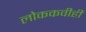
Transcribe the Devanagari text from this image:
लोककवीही